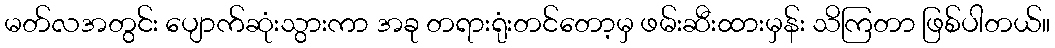
မတ်လအတွင်း ပျောက်ဆုံးသွားကာ အခု တရားရုံးတင်တော့မှ ဖမ်းဆီးထားမှန်း သိကြတာ ဖြစ်ပါတယ်။